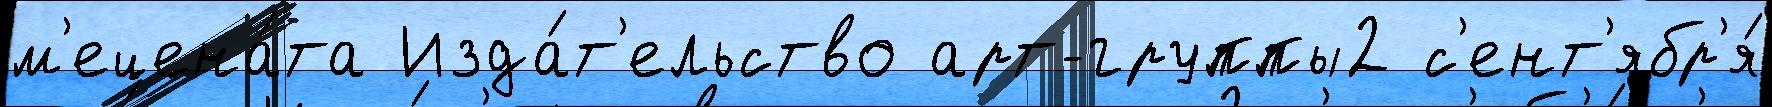
м'ецена́та Изда́т'ельство арт-группы2 с'ент'ябр'я́